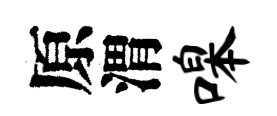
原渭嗥